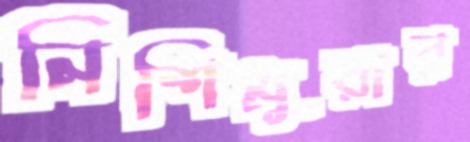
নিশিমুরার